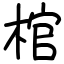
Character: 棺